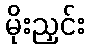
မိုးညှင်း